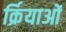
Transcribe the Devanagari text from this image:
र्क्रियाओं